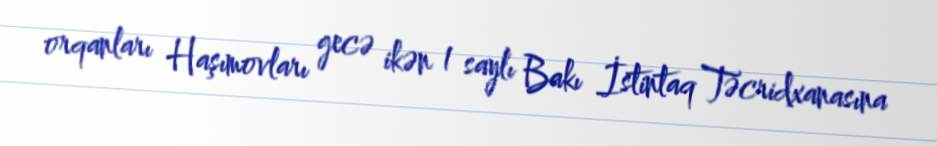
orqanları Haşımovları gecə ikən 1 saylı Bakı İstintaq Təcridxanasına